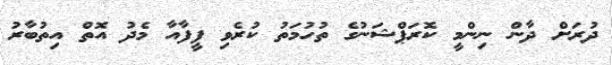
ދުރަށް ދާން ނިންމީ ކޮރަޕްޝަނުގެ ތުހުމަތު ކުރެވި ފީފާއާ މެދު އޮތް އިތުބާރު